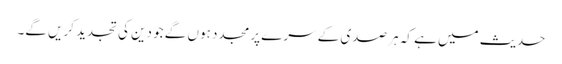
حدیث میں ہے کہ ہر صدی کے سرے پر مجدد ہوں گے جو دین کی تجدید کریں گے۔